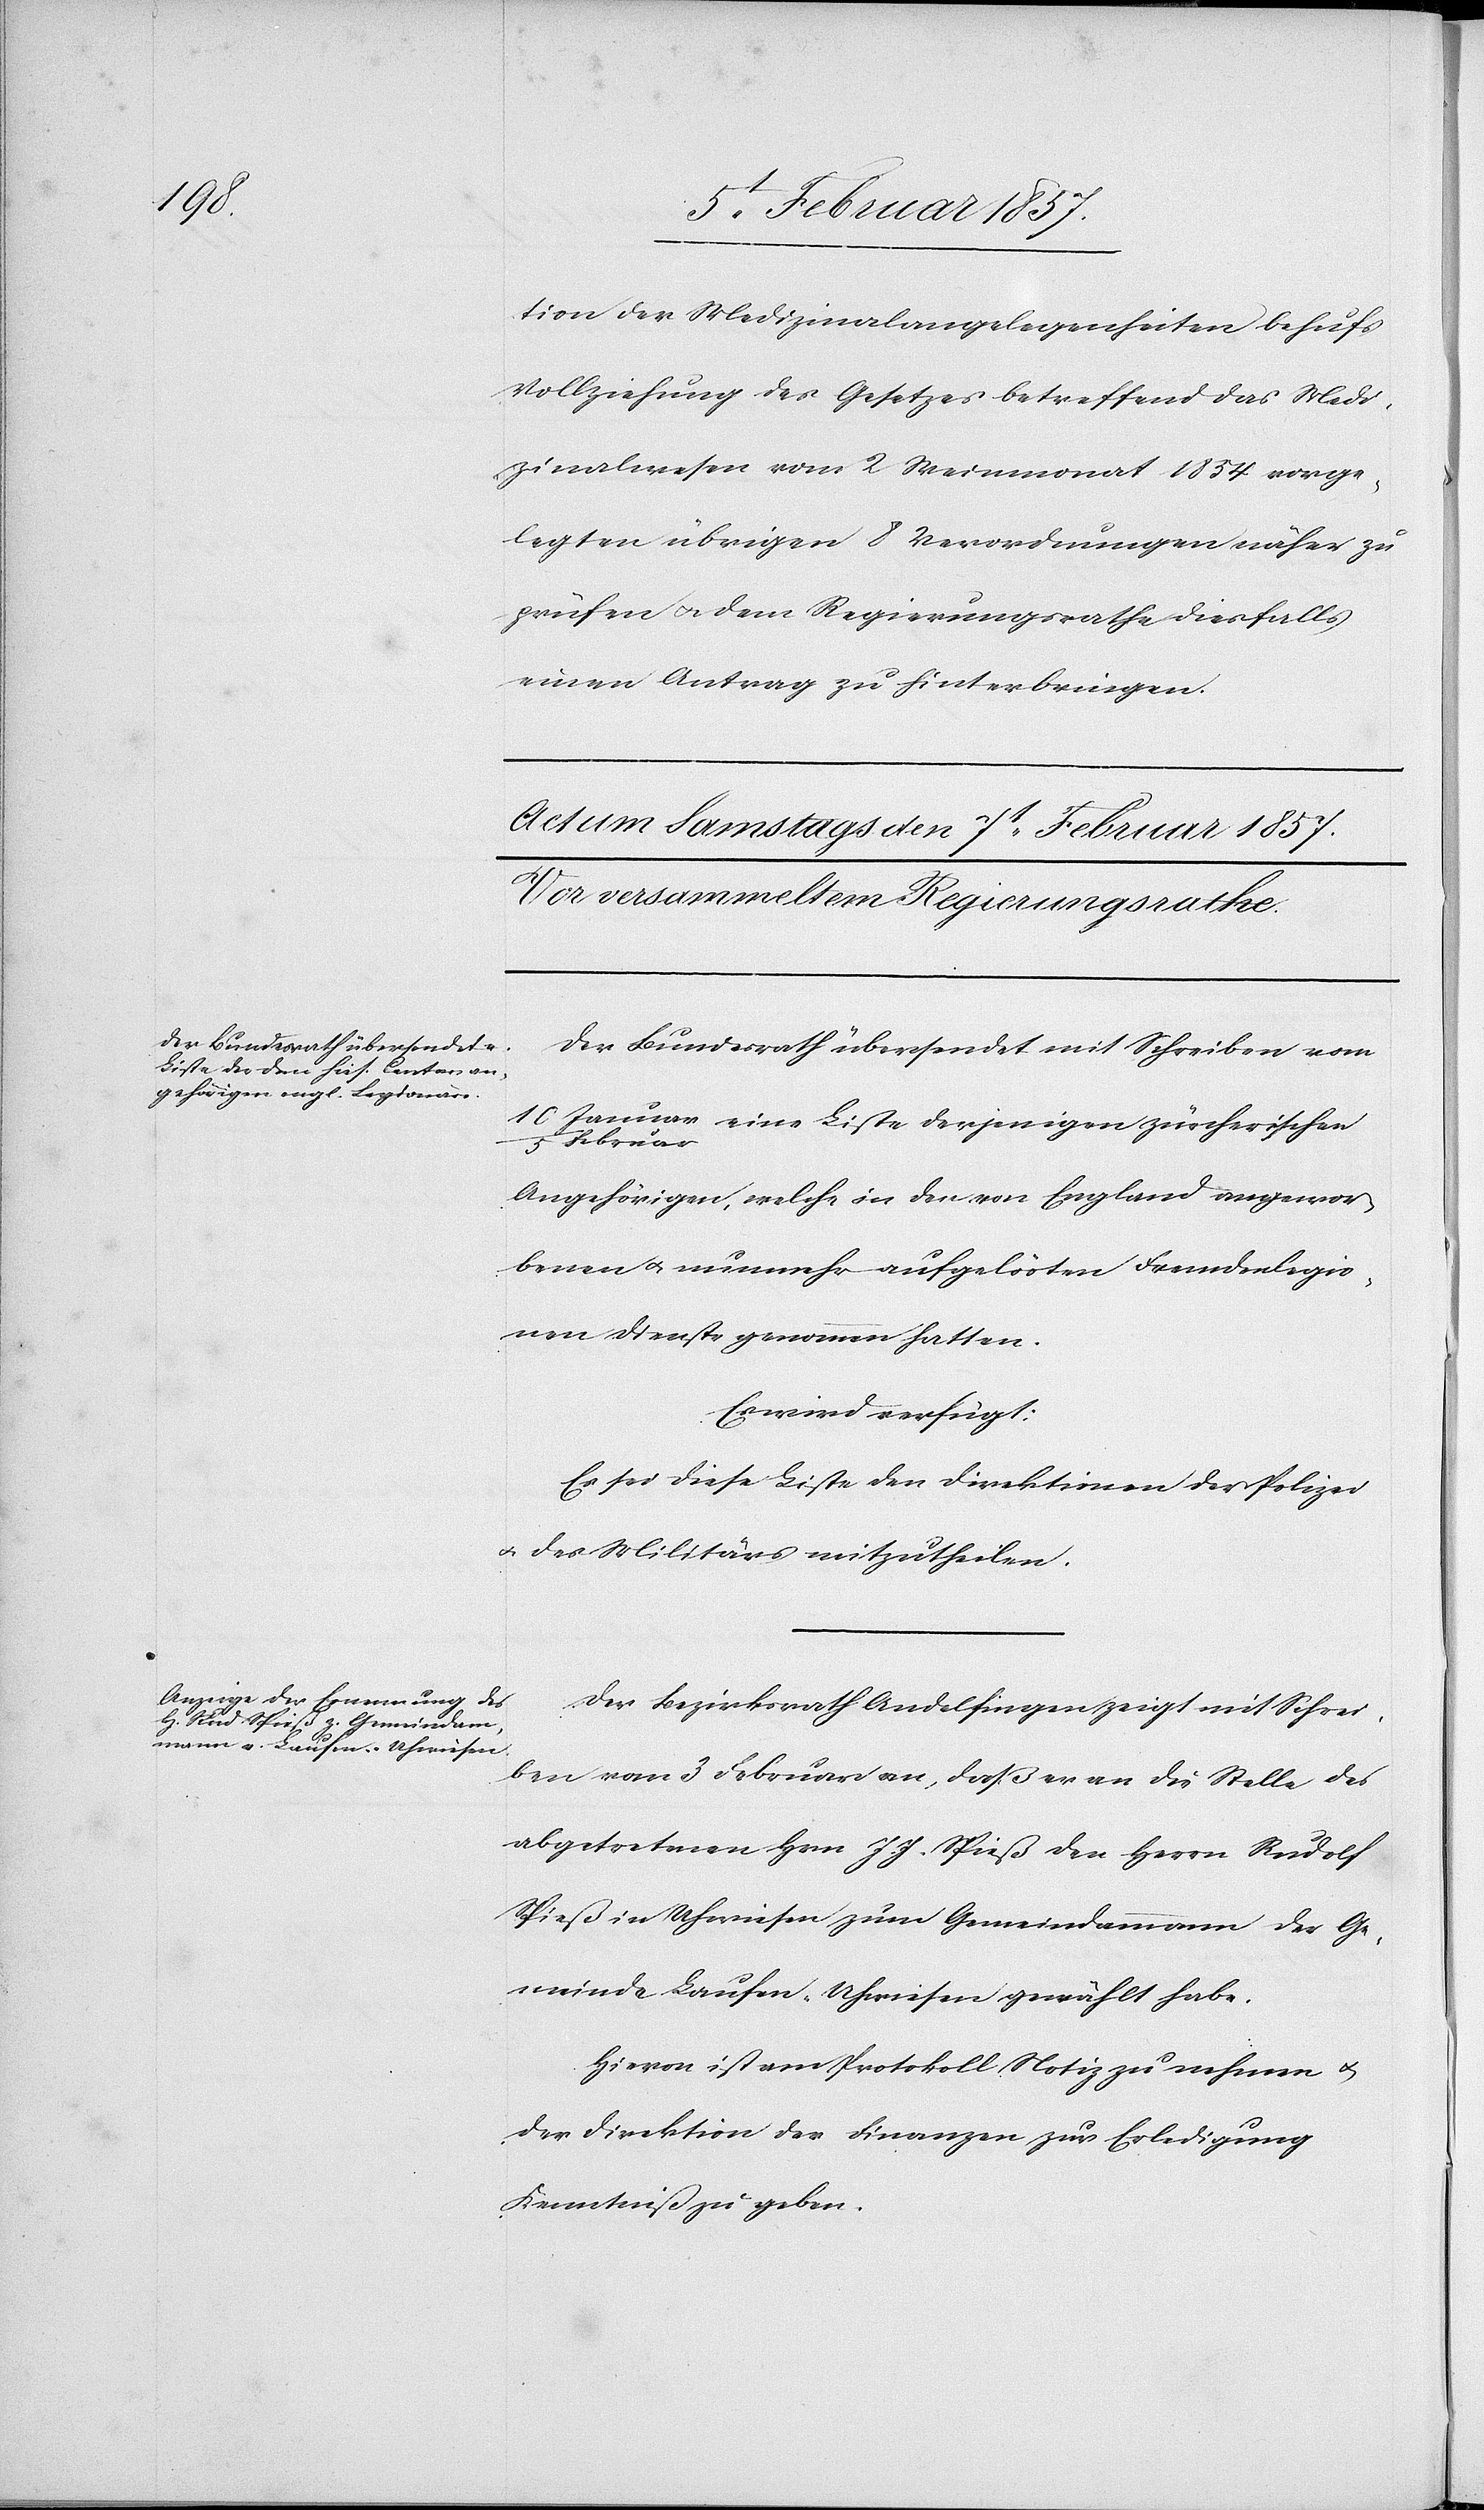
10

tion der Medizinalangelegenheiten behufs
Vollziehung des Gesetzes betreffend das Medi¬
zinalwesen vom 2 Weinmonat 1834 vorge¬
legten übrigen 8 Verordnungen näher zu
prüfen u. dem Regierungsrathe diesfalls
einen Antrag zu hinterbringen.
Der Bundesrath übersendet mit Schreiben vom
Februar eine Liste derjenigen zürcherischen
Angehörigen, welche in den von England angewor¬
benen u. nunmehr aufgelösten Fremdenlegio¬
nen Dienste genommen hatten.
Es wird verfügt:
Es sei diese Liste den Direktionen der Polizei
u. des Militärs mitzutheilen.
Der Bezirksrath Andelfingen zeigt mit Schrei¬
ben vom 3 Februar an, daß er an die Stelle des
abgetretenen Hrn J. J. Spieß den Herrn Rudolf
Spieß in Uhwiesen zum Gemeindammann der Ge¬
meinde Laufen-Uhwiesen gewählt habe.
Hievon ist am Protokoll Notiz zu nehmen u.
der Direktion der Finanzen zur Erledigung
Kenntniß zu geben.